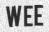
WEE